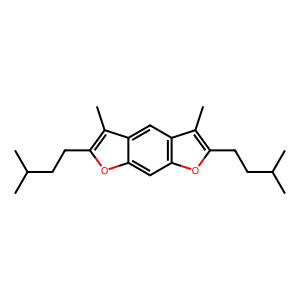
SMILES: Cc1c(CCC(C)C)oc2cc3oc(CCC(C)C)c(C)c3cc12
Inhibits HIV replication: No